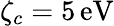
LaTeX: \zeta_{c}=5\, \textrm{eV}